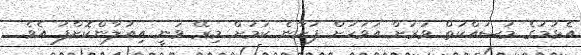
އެޅުމުގެ މަސައްކަތް ވަރަށް އަވަހަށް ފަށާނެ ކަމަށް މިރޭ ވަނީ އިއުލާންކޮށްފަ އެވެ.